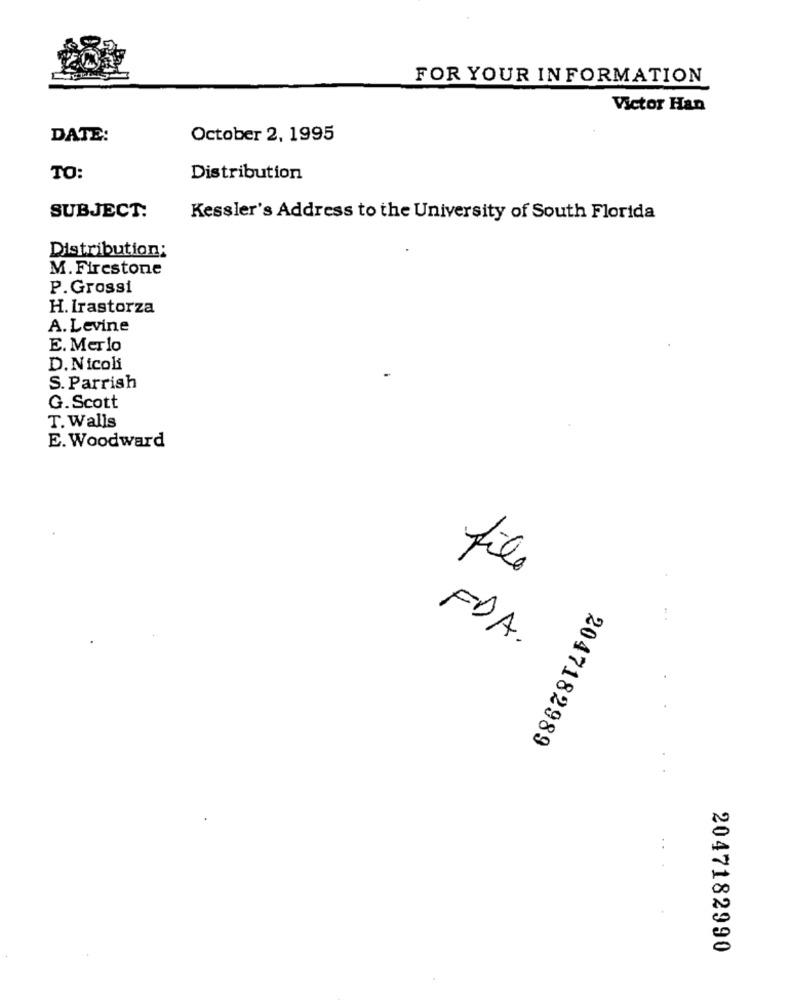
FOR YOUR INFORMATION
Victor Han
DATE:
October 2, 1995
TO:
Distribution
SUBJECT:
Kessler's Address to the University of South Florida
Distribution:
M. Firestone
P.Grossi
H. Irastorza
A. Levine
E. Merlo
D. Nicoli
S. Parrish
G.Scott
T. Walls
E. Woodward
file
FDA.
2047182989
2047182990